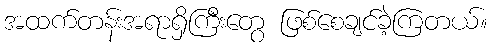
အထက်တန်းအရာရှိကြီးတွေ ဖြစ်စေချင်ခဲ့ကြတယ်။